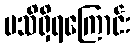
မသိရှိရကြောင်း